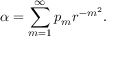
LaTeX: \alpha = \sum _ { m = 1 } ^ { \infty } p _ { m } r ^ { - m ^ { 2 } } .